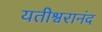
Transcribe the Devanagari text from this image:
यतीश्वरानंद